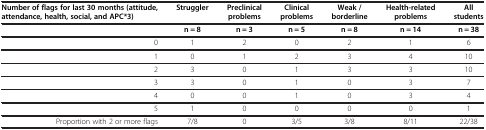
<table><thead><tr><td><b>Number of flags for last 30 months (attitude, attendance, health, social, and APC*3)</b></td><td><b>Struggler</b></td><td><b>Preclinical problems</b></td><td><b>Clinical problems</b></td><td><b>Weak / borderline</b></td><td><b>Health-related problems</b></td><td><b>All students</b></td></tr><tr><td><b> </b></td><td><b>n = 8</b></td><td><b>n = 3</b></td><td><b>n = 5</b></td><td><b>n = 8</b></td><td><b>n = 14</b></td><td><b>n = 38</b></td></tr></thead><tbody><tr><td>0</td><td>1</td><td>2</td><td>0</td><td>2</td><td>1</td><td>6</td></tr><tr><td>1</td><td>0</td><td>1</td><td>2</td><td>3</td><td>4</td><td>10</td></tr><tr><td>2</td><td>3</td><td>0</td><td>1</td><td>3</td><td>3</td><td>10</td></tr><tr><td>3</td><td>3</td><td>0</td><td>1</td><td>0</td><td>3</td><td>7</td></tr><tr><td>4</td><td>0</td><td>0</td><td>1</td><td>0</td><td>3</td><td>4</td></tr><tr><td>5</td><td>1</td><td>0</td><td>0</td><td>0</td><td>0</td><td>1</td></tr><tr><td>Proportion with 2 or more flags</td><td>7/8</td><td>0</td><td>3/5</td><td>3/8</td><td>8/11</td><td>22/38</td></tr></tbody></table>